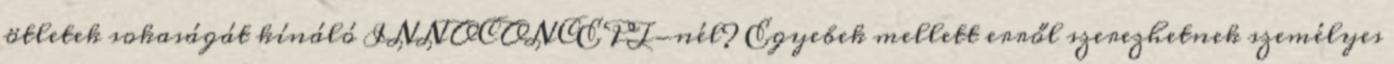
ötletek sokaságát kínáló INNOCONCEPT-nél? Egyebek mellett erről szerezhetnek személyes